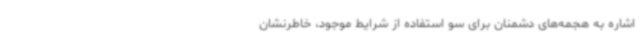
اشاره به هجمه‌های دشمنان برای سو استفاده از شرایط موجود، خاطرنشان